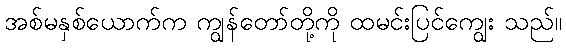
အစ်မနှစ်ယောက်က ကျွန်တော်တို့ကို ထမင်းပြင်ကျွေး သည်။